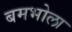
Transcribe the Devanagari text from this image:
बमभोला